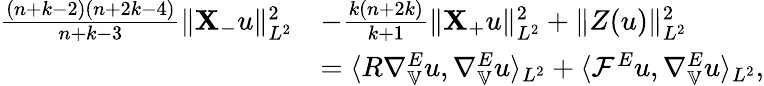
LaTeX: \begin{array}{rl}{\frac{(n+k-2)(n+2k-4)}{n+k-3}\| \mathbf{X}_{-}u\| _{L^{2}}^{2}}&{-\frac{k(n+2k)}{k+1}\| \mathbf{X}_{+}u\| _{L^{2}}^{2}+\| Z(u)\| _{L^{2}}^{2}}\\ &{=\langle R\nabla_{\mathbb{V}}^{E}u,\nabla_{\mathbb{V}}^{E}u\rangle_{L^{2}}+\langle\mathcal{F}^{E}u,\nabla_{\mathbb{V}}^{E}u\rangle_{L^{2}},}\end{array}